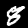
Digit: 8